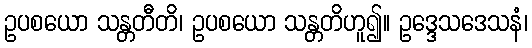
ဥပစယော သန္တတီတိ၊ ဥပစယော သန္တတိဟူ၍။ ဥဒ္ဒေသဒေသနံ၊